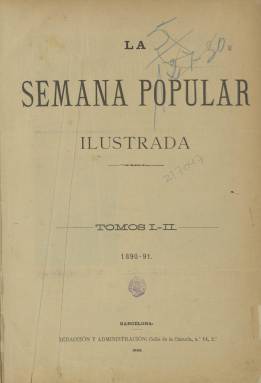
Título: La Semana popular ilustrada
Colección: Revistas de información general
Ámbito geográfico: Barcelona
Lugar de publicación: Barcelona
Fechas: 31/07/1890-26/05/1892

Periódico de doce páginas editado en Barcelona dedicado especialmente a la clase obrera con grandes grabados y reportajes científicos y literarios además de una sección completa de noticias de la semana.

   Al precio de 10 céntimos, el semanario se vanagloriaba en su primer número de 31 de julio de 1890 de su exiguo precio. “No creemos que desde que hay prensa en España se haya publicado un periódico ilustrado tan barato como el que ofrecemos al público”.

Y justificaba así el que fuera tan asequible: “Queremos que el trabajador, por exiguos que sean sus recursos, tenga como las clases acomodadas un periódico con imágenes que alegre su hogar durante la semana y que, al par que al deleite, contribuya indirectamente a la educación de la familia”.

   En este primer número podemos ver en portada los retratos fotográficos de Sagasta y Cánovas del Castillo, los dos líderes políticos que se alternaban en el poder en la España de la Restauración, una doble página con un grabado del casino de Mónaco, una página con caricaturas y otra con la ilustración del submarino de Isaac Peral.

  La imagen era la gran apuesta del semanario y repasando sus páginas se pueden encontrar grabados de todo tipo, como los de temática costumbrista o estampas históricas y artísticas, abundando los referentes a los nuevos inventos de la época como la navegación aérea, que empezaba a dar sus primeros pasos.

  No faltaba tampoco una página dedicada a las viñetas de humor con caricaturas destinadas a la sátira social.

   La fotografía, aunque escasa, también está representada en la publicación, especialmente con imágenes de monumentos como por ejemplo  La Alhambra, el Castillo de Coca o la catedral de Burgos. En el número de 14 de mayo de 1891, en un artículo titulado Novedades fotográficas, se informa de los últimos avances en este campo y se reproduce la foto de una mujer obtenida con el resplandor de la luz de una luciérnaga.

  Ese mismo año de 1891 aparece Blanco y Negro, revista que junto con Nuevo Mundo, aparecida tres años después, lideran la integración definitiva de la fotografía en la prensa española. En la Semana popular ilustrada es todavía el grabado, en ocasiones de página entera, el que predomina.

  Con el número 96 de 26 de mayo de 1892, el semanario se despidió de sus lectores para dar paso a La Velada, revista ilustrada que continuaba al anterior pero con mayor precio de venta. Parece claro que debido a ser tan barato no se había logrado hacer rentable su publicación.

[Descripción publicada el 15/03/2019]